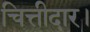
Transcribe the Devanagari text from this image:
चित्तीदार।